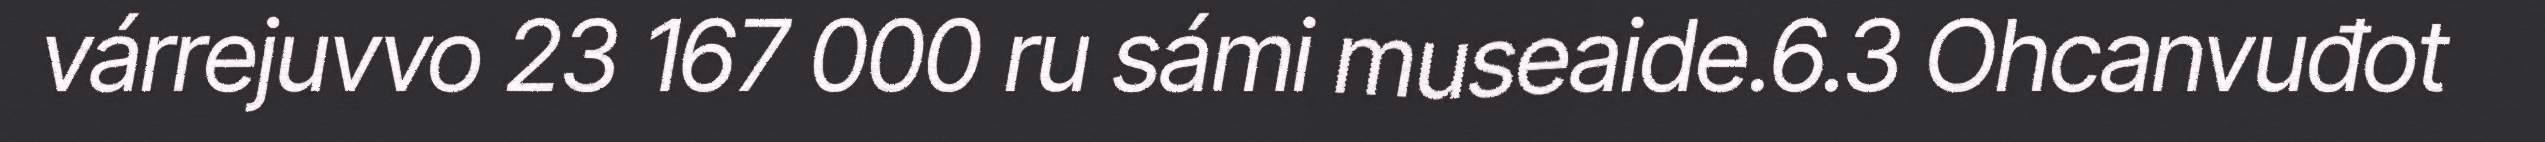
várrejuvvo 23 167 000 ru sámi museaide.6.3 Ohcanvuđot